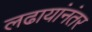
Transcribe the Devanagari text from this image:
लढायांनंतर